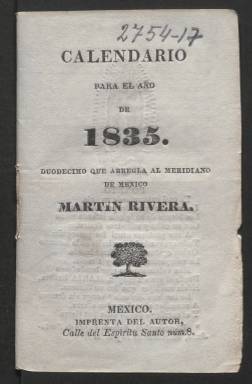
Título: Calendario para el año de ... que arregla al meridiano de México Martín Rivera
Otros títulos: Comúnmente conocido como: Calendario de Martín Rivera || Calendario manual para el año de ... que arregla al meridiano de México Martín Rivera || Calendario manual para el año bisiesto de ... que arregla al meridiano de Méjico Martín Rivera || Calendario manual para el año de ... arreglado al meridiano de México por M. Rivera || Calendario para el año bisiesto || Calendario de Rivera || Calendario de Rivera para el año bisiesto || Calendario de J. M. Rivera
Colección: Almanaques
Ámbito geográfico: México
Lugar de publicación: México
Fechas: 01/01/1835-31/12/1861